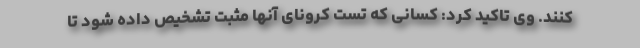
کنند. وی تاکید کرد: کسانی که تست کرونای آنها مثبت تشخیص داده شود تا